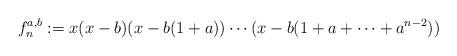
LaTeX: \begin{align*}f_n^{a,b}:=x(x-b)(x-b(1+a))\cdots (x-b(1+a+\cdots+a^{n-2}))\end{align*}